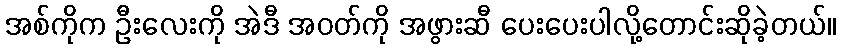
အစ်ကိုက ဦးလေးကို အဲဒီ အဝတ်ကို အဖွားဆီ ပေးပေးပါလို့တောင်းဆိုခဲ့တယ်။